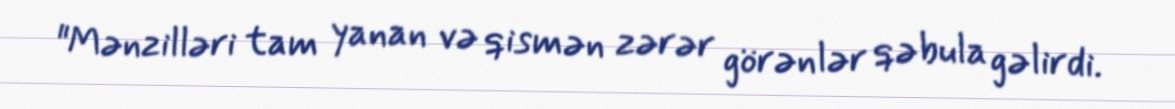
"Mənzilləri tam yanan və qismən zərər görənlər qəbula gəlirdi.